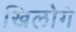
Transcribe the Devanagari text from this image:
खिलोगे